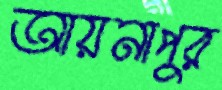
আয়নাপুর